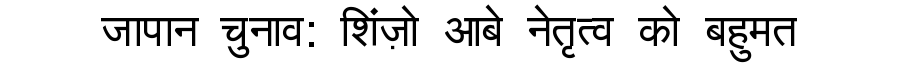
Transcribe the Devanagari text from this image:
जापान चुनाव: शिंज़ो आबे नेतृत्व को बहुमत